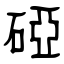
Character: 䃁